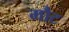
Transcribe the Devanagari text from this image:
मौट